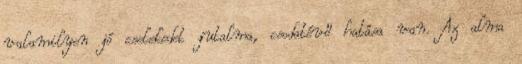
valamilyen jó cselekedet jutalma, csodatévő hatása van. Az alma